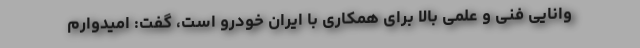
وانایی فنی و علمی بالا برای همکاری با ایران خودرو است، گفت: امیدوارم